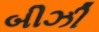
બીઝી